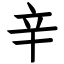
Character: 辛